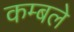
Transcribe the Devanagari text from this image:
कम्बले